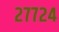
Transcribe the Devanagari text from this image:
२७७२४